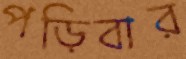
পড়িবার